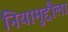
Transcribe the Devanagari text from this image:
नियामुद्दौला